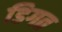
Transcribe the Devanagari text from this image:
डिगत